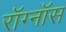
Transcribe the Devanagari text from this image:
रॉग्नॉस